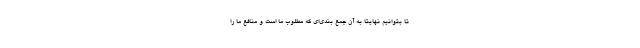
تا بتوانیم نهایتا به آن جمع بندی‌ای که مطلوب ما است و منافع ما را